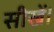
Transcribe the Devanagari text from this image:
सीखें।